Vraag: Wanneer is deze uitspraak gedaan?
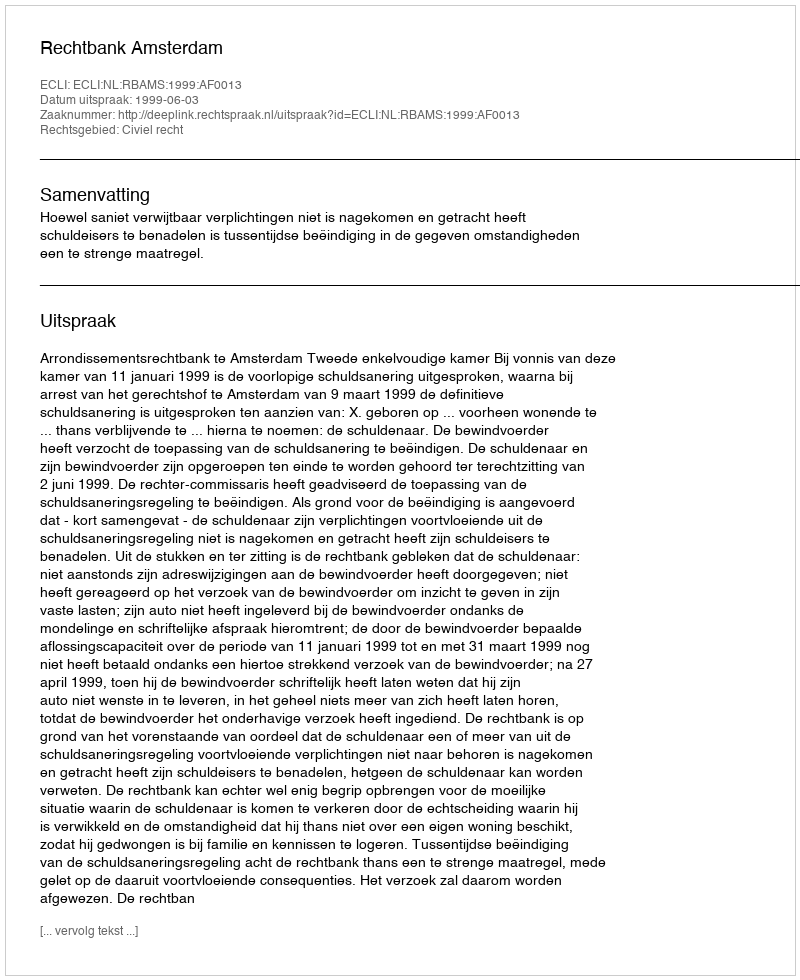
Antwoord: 1999-06-03